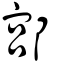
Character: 𨜳